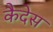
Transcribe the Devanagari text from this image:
कैदेस